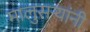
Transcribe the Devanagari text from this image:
मालुसर्‍यांनी